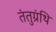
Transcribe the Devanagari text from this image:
तंतुग्रंथि